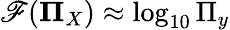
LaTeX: \mathscr{F}(\boldsymbol{\Pi}_{X})\approx\log_{10}\Pi_{y}